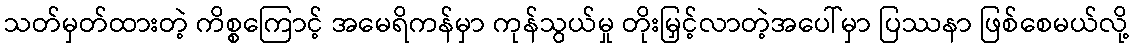
သတ်မှတ်ထားတဲ့ ကိစ္စကြောင့် အမေရိကန်မှာ ကုန်သွယ်မှု တိုးမြှင့်လာတဲ့အပေါ်မှာ ပြဿနာ ဖြစ်စေမယ်လို့